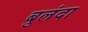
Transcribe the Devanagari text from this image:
बुलंदा